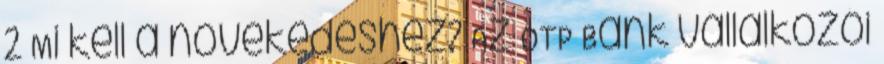
2 Mi kell a növekedéshez? Az OTP Bank vállalkozói